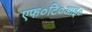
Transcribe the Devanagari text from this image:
एफ०टि०आइ०